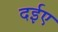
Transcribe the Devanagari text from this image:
दईए